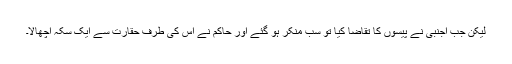
لیکن جب اجنبی نے پیسوں کا تقاضا کیا تو سب منکر ہو گئے اور حاکم نے اس کی طرف حقارت سے ایک سکہ اچھالا۔